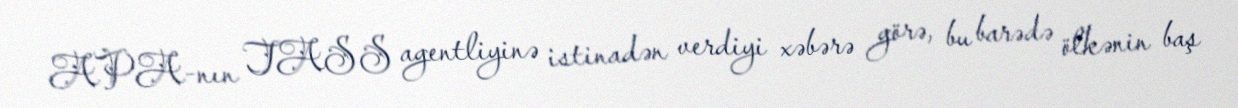
APA-nın TASS agentliyinə istinadən verdiyi xəbərə görə, bu barədə ölkənin baş